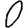
Digit: 0